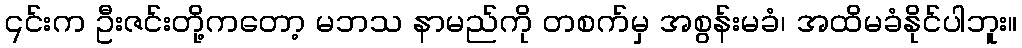
၎င်းက ဦးဇင်းတို့ကတော့ မဘသ နာမည်ကို တစက်မှ အစွန်းမခံ၊ အထိမခံနိုင်ပါဘူး။